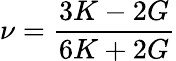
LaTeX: \nu=\frac{3K-2G}{6K+2G}